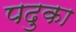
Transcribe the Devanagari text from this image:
पदुका